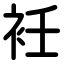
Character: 衽